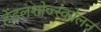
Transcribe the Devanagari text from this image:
हेंडलशोज्स्कोलन